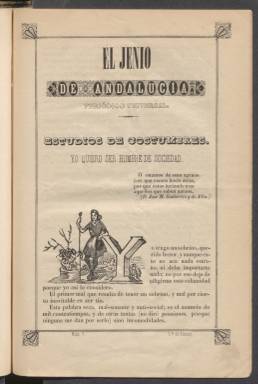
Título: El Jenio de Andalucía
Otros títulos: Genio de Andalucía
Colección: Literatura
Ámbito geográfico: Sevilla
Lugar de publicación: Sevilla
Fechas: 01/02/1845-01/02/1845

Lo primero que llama la atención de esta publicación editada en Sevilla es el título, en el que la palabra genio figura escrita con j y es un testimonio de lo inestable de la ortografía española todavía a mediados del siglo XIX. Se trata de una revista fundamentalmente literaria y de tendencia antirromántica nacida en 1844 y de la que solo se editaron diez números, cesando el 15 de marzo de 1845.

   La Biblioteca Nacional de España solo posee el número 7 de El jenio de Andalucía, con fecha de 1 de febrero de 1845. La primera entrega fue el 1 de noviembre de 1844, por lo que la periodicidad era quincenal o aproximada. Todos los números eran de 16 páginas, según la Historia y bibliografía de la prensa sevillana, una obra de 1896 de Manuel Chaves Rey.

 El contenido de la revista, que incluía algunas ilustraciones, aunque pequeñas, lo constituían artículos costumbristas, poesías, crónicas literarias y de teatro e incluso piezas musicales, entre otras secciones, como una de Variedades que era un cajón de sastre con noticias de todo tipo.

  El alma de esta publicación fue José María Gutiérrez de Alba, poeta, dramaturgo y periodista que la dirigió igual que el periódico satírico El Duende, del que se hace publicidad precisamente en la última página del número de El jenio de Andalucía que posee la BNE. Ambas publicaciones las editó con 23 años junto con unos amigos mientras estudiaba Filosofía y Derecho en la Universidad de Sevilla.

 Gutiérrez de Alba es conocido por ser el introductor en España del género de la revista musical o teatro musical. La BNE posee una buena cantidad de piezas suyas de este género que se pueden consultar en la Biblioteca Digital Hispánica, donde también se puede ver un retrato litográfico de este personaje.

  Los escritos de Gutiérrez de Alba tenían un alto contenido político, lo que le causó numerosos problemas durante el reinado de Isabel II. Derrocada esta, consiguió ser enviado a América como enviado especial para mejorar las relaciones con las repúblicas independizadas hacía poco de España, sobre todo con Colombia. Permaneció allí bastantes años y tras su vuelta escribió un libro sobre este viaje. Más información sobre el personaje puede encontrarse en el diccionario biográfico de la Real Academia de la Historia.

[Descripción publicada el 11/09/2023]